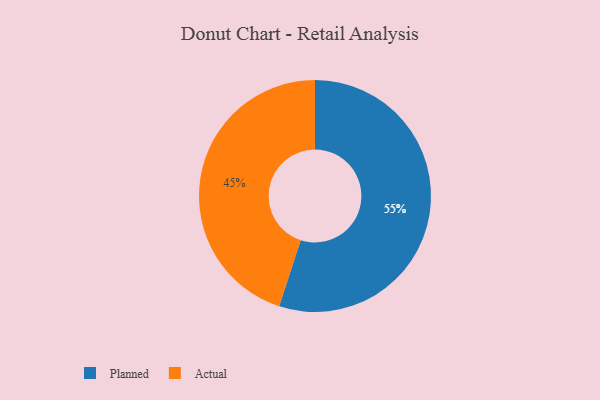
{"axis": {"x": "Category", "y": "Percentage"}, "legend": ["Actual", "Planned"], "data": [{"x": "Actual", "y": 45, "type": "Actual"}, {"x": "Planned", "y": 55, "type": "Planned"}]}